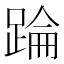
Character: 踚